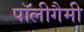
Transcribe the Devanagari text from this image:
पॉलीगैमी